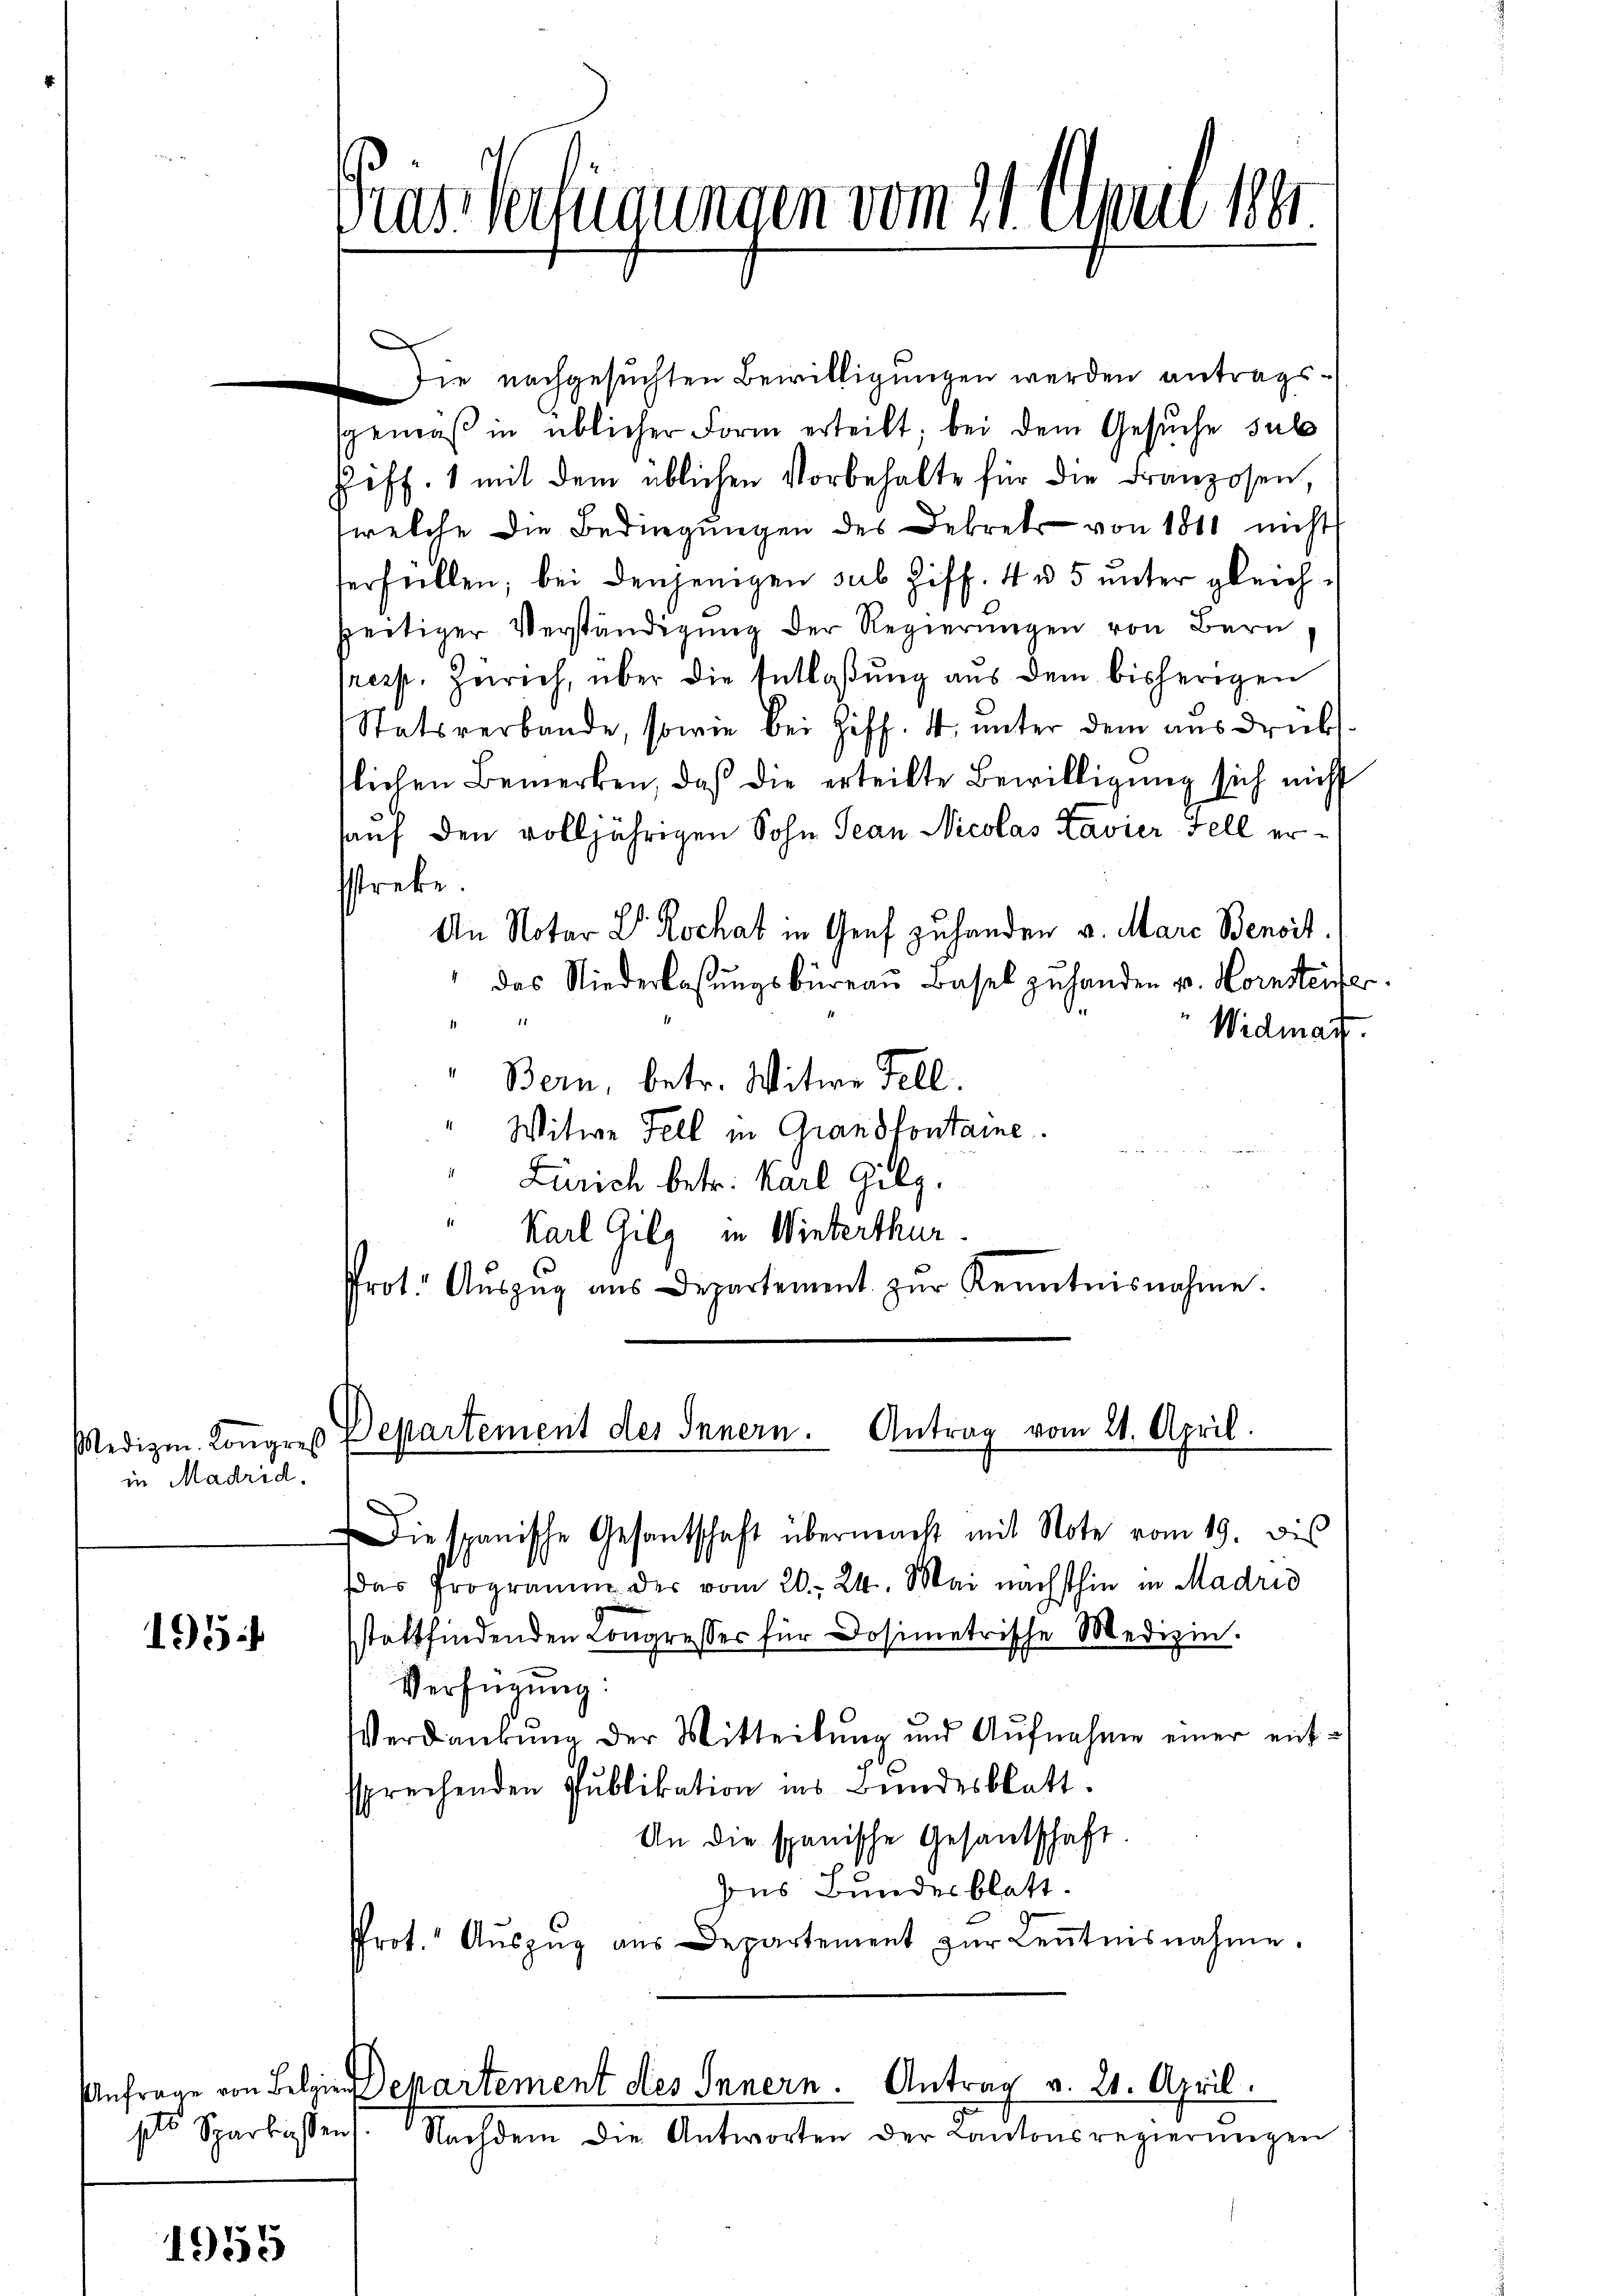
in Madrid.

1954

ste Sparkassen

1955

Die nachgesuchten Bewilligungen werden antragsgemäß in üblicher Form erteilt; bei dem Gesuche sub
Fiff. 1 mit dem üblichen Vorbehalte für die Franzosen,
welche die Bedingungen des Dekret von 1811 nicht
erfüllen; bei denjenigen sub Ziff. 4 u. 5 unter gleichzeitiger Verständigŭng der Regierŭngen von Bern
(resp. Zürich, über die Entlaßung aus dem bisherigen
Statsverbande, sowie bei Ziff. 4, ŭnter dem aŭsdrücks
flichen Bemerken, daß die erteilte Bewilligung sich nicht
auf den volljährigen Sohn Jean Nicolas Kavier Fell erfstreke.
An Notar Dr. Kochat in Graf zuhanden v. Marc Benoit.
das Niederlassŭngsbüreaŭ Basel zŭ handen u. Kornsteifer
Widmatt.
1
Bern, betr. Witwe Fell.
Witwe Fell in Grandlontaine.
rönen
Zürich betr. Karl Gilg.
11
Karl Gilz in Winterthur.
Prot. Aŭszŭg ans Departement zŭr Kenntnisnahme.

das Verfügungen vom 21. April 1891

Medizin. Kongreß Departement der Innern. Antrag vom 21. April.

Die spanische Gesantschaft übermacht mit Note vom 19. bis
(das Programm der vom 20. 24. Mai nächsthin in Madrid
sstattfindenden Congresses für Dosimetrische Medizin.
Verfügung:
Verdankŭng der Mitteilung und Aŭfnahme einer aufssprechenden Pŭblikation ins Bundesblatt.
An die spanische Gesandschaft
Das Bundesblatt.
Prot. Aŭszŭg aŭs Departement zŭr Keṅtnisnahme.

Anfrage von Belgie Departement des Innern. Antrag v. 21. April.
Nachdem die Antworten der Cantonsregierŭngen